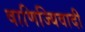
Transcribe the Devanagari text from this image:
वाणिज्यिवादी